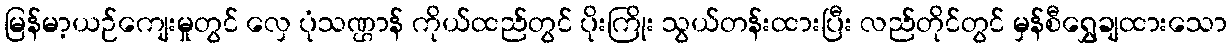
မြန်မာ့ယဉ်ကျေးမှုတွင် လှေ ပုံသဏ္ဌာန် ကိုယ်ထည်တွင် ပိုးကြိုး သွယ်တန်းထားပြီး လည်တိုင်တွင် မှန်စီရွှေချထားသော